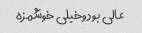
عالی بود وخیلی خوشمزه